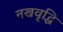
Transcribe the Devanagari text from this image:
नखवृद्धि